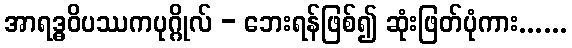
အာရဒ္ဓဝိပဿကပုဂ္ဂိုလ် - ဘေးရန်ဖြစ်၍ ဆုံးဖြတ်ပုံကား......